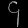
Digit: ၄